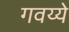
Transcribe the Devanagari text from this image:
गवय्ये